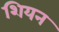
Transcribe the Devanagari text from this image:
शियन